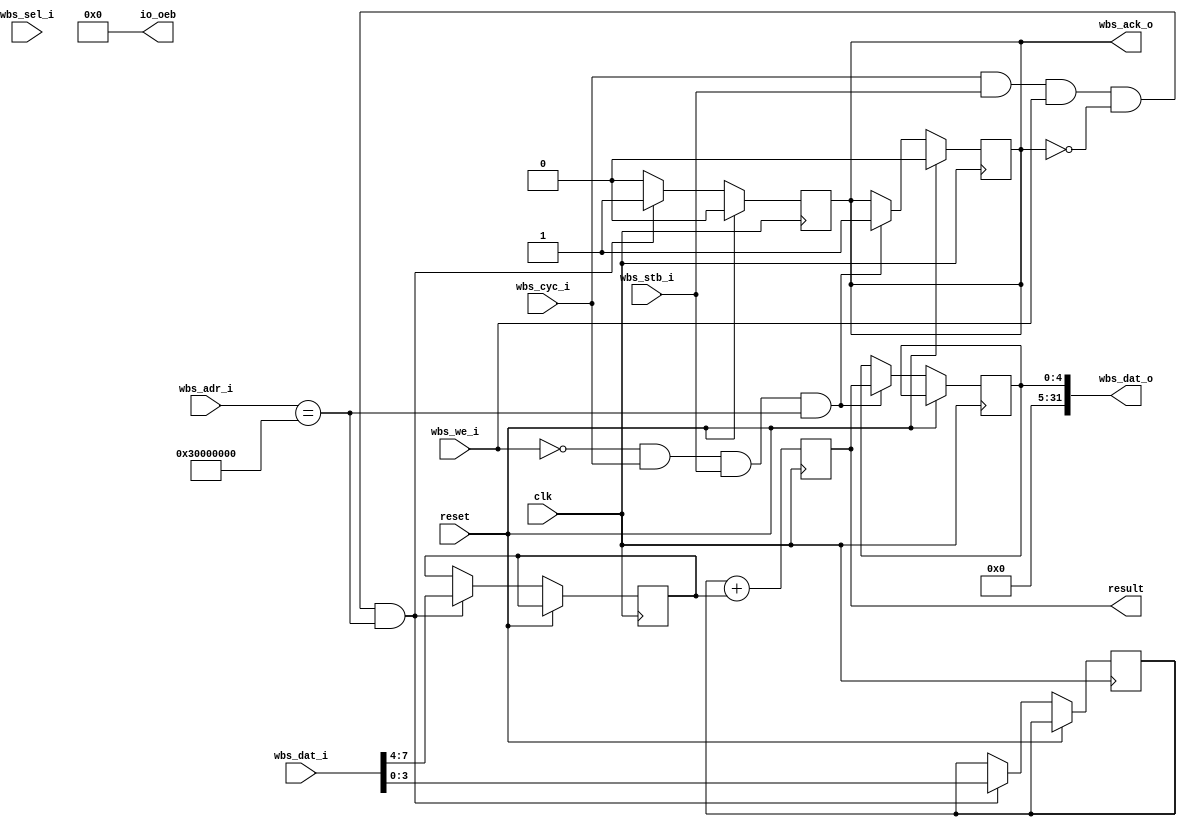
// SPDX-FileCopyrightText: 2020 Efabless Corporation
//
// Licensed under the Apache License, Version 2.0 (the "License");
// you may not use this file except in compliance with the License.
// You may obtain a copy of the License at
//
//      http://www.apache.org/licenses/LICENSE-2.0
//
// Unless required by applicable law or agreed to in writing, software
// distributed under the License is distributed on an "AS IS" BASIS,
// WITHOUT WARRANTIES OR CONDITIONS OF ANY KIND, either express or implied.
// See the License for the specific language governing permissions and
// limitations under the License.
// SPDX-License-Identifier: Apache-2.0

`default_nettype none
/*
 *-------------------------------------------------------------
 *
 * user_proj_example
 *
 * This is an example of a (trivially simple) user project,
 * showing how the user project can connect to the logic
 * analyzer, the wishbone bus, and the I/O pads.
 *
 * This project generates an integer count, which is output
 * on the user area GPIO pads (digital output only).  The
 * wishbone connection allows the project to be controlled
 * (start and stop) from the management SoC program.
 *
 * See the testbenches in directory "mprj_counter" for the
 * example programs that drive this user project.  The three
 * testbenches are "io_ports", "la_test1", and "la_test2".
 *
 *-------------------------------------------------------------
 */

module user_proj_example #(
    parameter   [31:0]  BASE_ADDRESS    = 32'h3000_0000
    
    
   ) (
`ifdef USE_POWER_PINS
    inout vccd1,	// User area 1 1.8V supply
    inout vssd1,	// User area 1 digital ground
`endif
    input wire          clk,
    input wire          reset,

    // wishbone slave ports
    input wbs_stb_i,
    input wbs_cyc_i,
    input wbs_we_i,
    input [3:0] wbs_sel_i,
    input [31:0] wbs_dat_i,
    input [31:0] wbs_adr_i,
    output reg wbs_ack_o,
    output [31:0] wbs_dat_o,

    output [4:0]result,
    output [4:0] io_oeb
   
);
    wire valid;
    wire [3:0]sel;
    wire [7:0]wdata;
    reg [4:0]rdata;
    reg [4:0] sum;
    reg [3:0] a, b;
   assign result = sum;
    assign io_oeb = 5'b0;

//wishbone write
    assign valid = wbs_cyc_i && wbs_stb_i ;
    assign sel = wbs_sel_i & {4{wbs_we_i}} ; 
    assign wdata = wbs_dat_i[7:0]   ;
    assign wbs_dat_o = {{27{1'b0}},rdata};

    always@(posedge clk) begin
        sum <= a + b;
    end
   
    
    always @(posedge clk ) begin
        if(reset) begin
          wbs_ack_o <=0;
            end
        else begin 
            wbs_ack_o <=0;
            if(valid && wbs_we_i && !wbs_ack_o && (wbs_adr_i == BASE_ADDRESS )) begin
            wbs_ack_o <=1;
            a <= wdata[3:0];
            b <= wdata[7:4];
             end
        end
    end

// wishbone read

    always@(posedge clk) begin
        if (reset) begin
            wbs_ack_o <=0;
        end
        else begin
        
        if ( !wbs_we_i && wbs_cyc_i && wbs_stb_i && (wbs_adr_i == BASE_ADDRESS ) ) begin
            wbs_ack_o <=1;
            rdata <= sum;
            
        end
        end
    end

   /* always@(posedge clk) begin
        if(reset) begin
            wbs_ack_o = 0;
        end
        else if(wbs_stb_i &&  (wbs_adr_i == BASE_ADDRESS  )) begin
            wbs_ack_o = 1;
        end
    end*/

    
endmodule

`default_nettype wire